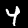
Label: 4